Vital statistics of India. Vol. VI, European troops 1870-79
Year: 1870
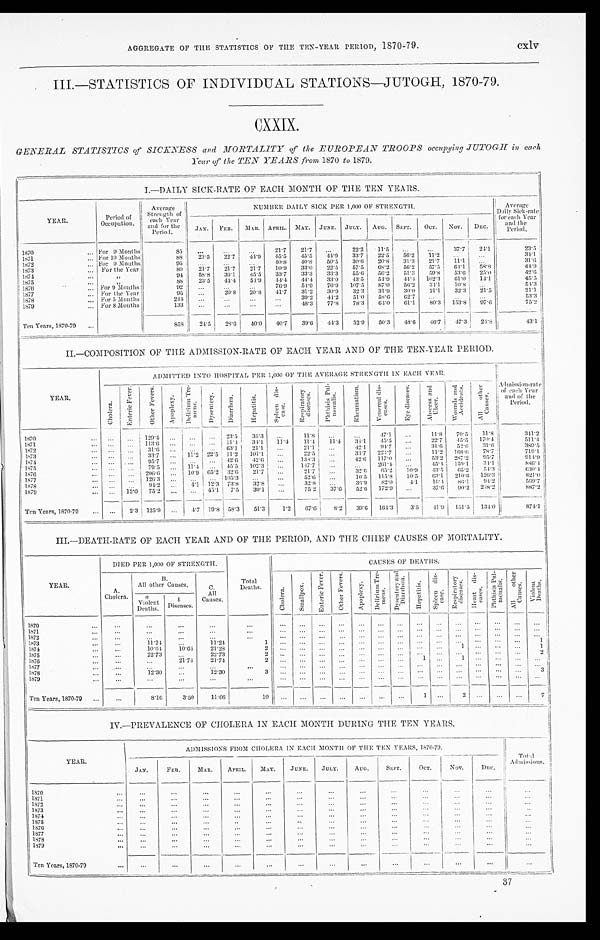
AGGREGATE OF THE STATISTICS OF THE TEN-YEAR PERIOD, 1870-79.
c x l v
III.—STATISTICS OF INDIVIDUAL STATIONS—JUTOGH, 1870-79.
CXXIX.
GENERAL STATISTICS of SICKNESS and MORTALITY of the EUROPEAN TROOPS occupying JUTOGH in each
Year of the TEN YEARS from 1870 to 1879.
I.—DAILY SICK-RATE OF EACH MONTH OF THE TEN YEARS.
Y E A R .
Period of
Occupation.
Average
Strength of
each Year a n d f o r t h e
P e r i o d .
NUMBER DAILY SICK PER 1,000 OF STRENGTH
AVerage
Daily Sick-rate
for each Year
a nd t he
Period.
JAN. FEB.
M A R . APRIL. MAY. JUNE.
J U L Y . AUG. SEPT. OCT. NOV. DEC.
1870
For 9 Months
8 5
21.7 21.7
22.2 11.5
37.7 24.1
23.5
1871
For 10 Months
8 8
2 3 . 5 22.7
4 4 . 9
4 5 . 5
4 5 . 5 44.9 33.7 22.5 56.2 11.2
3 4 . 1
1872 For 9 Months
9 5
40.8 40.8 50.5 30.6 20.8 31.3 21.7 11.1
3 1 . 6
1873 For the Year
89 21.7 21.7 21.7 10.9 33.0 22.5 57.5 68.2 56.2 57.5 64.1
5 8 . 8
4 4 . 9
1874
„
94
5 8 . 8
3 6 . 1
4 5 . 5 33.7
3 3 . 3
3 3 . 3
5 5 . 6 56.2 51.3 59.8
5 3 . 6 25.0
4 2 . 6
1 8 7 5
„
8 8 23.5
4 4 . 4
5 1 . 9
4 4 . 4
4 4 . 4 33.0
4 3 . 5 54.9
4 4 . 4 102.3 61.0 14.1
4 5 . 5
1876
For 9 Months
92
76.9
5 4 . 9 76.9 107.5 87.0 56.2
3 4 . 1
1 0 . 8
5 4 . 3
1877
For the Year
95
20.8 20.8 41.7 31.2 30.9 32.3 31.9 30.0 21.1 32.3 21.5
21.1
1878 For 5 Months
244
39.2 44.2 51.0
5 8 . 6 62.7
5 3 . 3
1879 For 8 Months
133
4 8 . 3 77.8 78.3 64.0 61.1 80.3 153.8 97.6
75.2
Ten Years, 1870-79
8 5 8 24.5 28.6
4 0 . 0 40.7
3 9 . 6
4 4 . 3 52.9 50.3 48.6 46.7 47 . 3
24.8 43.1
II.—COMPOSITION OF THE ADMISSION-RATE OF EACH YEAR AND OF THE TEN-YEAR PERIOD.
YEAR.
ADMITTED INTO HOSPITAL PER 1,000 OF THE AVERAGE STRENGTH IN EACH YEAR.
Admission-rate o f e a c h Ye a r
and of t he
Peri od.
C h o l e r a .
E n t e r i c F e v e r .
O t h e r F e v e r s .
A p o p l e x y .
D e l i r i u m T r e -
m e n s .
Dysentery.
D i a r r h œ a .
H e p a t i t i s .
S p l e e n d i s -
e a s e .
R e s p i r a t o r y
d i s e a s e s .
P h t h i s i s P u l -
m o n a l i s .
R h e u m a t i s m .
V e n e r e a l d i s -
c a s e s .
E y e d i s e a s e s . A b s c e s s a n d
U l c e r .
W o u n d s a n d
A c c i d e n t s .
A l l o t h e r
C a u s e s .
1870
129.4
23.5
3 5 . 3
11.8
4 7 . 1
11.8 70.5 11.8
341.2
1871
113.6
11.4
3 4 . 1 11.4 11.4 11.4
3 4 . 1
4 5 . 5
22.7
4 5 . 5
1 7 0 . 4
5 1 1 . 4
1872
31.6
6 3 . 1 21.1
21.1
4 2 . 1 94.7
31.6 52.6
3 1 . 6
3 8 9 . 5
1873
33.7
11.2 22.5 11.2 101.1
22.5
3 3 . 7 224.7
11.2 168.6
7 8 . 7
7 1 9 . 1
1874
9 5 . 7
42.6 42.6
1 3 3 . 3
4 2 . 6
1 1 7 . 0
5 3 . 2
2 8 7 . 2
9 5 . 7
9 1 4 . 9
1875
79.5
11.4
4 5 . 5 102.3
147.7
261.4
4 5 . 4 159.1
3 4 . 1
8 8 6 . 4
1876
206.6
10.9 6 5 . 2 3 2 . 6
2 1 . 7
21.7
3 2 . 6 65.2 10.9
4 3 . 5 65.2
5 4 . 3 630.4
1877
126.3
105.3
52.6
10.5 115.8 10.5
6 3 . 1 210.6
1 2 6 . 3
8 2 1 . 0
1878
9 4 . 2
4 . 1 12.3 73.8
3 2 . 8
32.8
3 6 . 9 82.0 4.1
1 6 . 4
8 6 . 1
9 4 . 2
5 6 9 . 7
1879
15.0 75.2
4 5 . 1 7.5
3 0 . 1
75.2 37.6
5 2 . 6 172.9
37.6
9 0 . 2 218.2 887.2
Ten Years, 1870-79
2.3 125.9
4.7 19.8 5 8 . 3
5 1 . 3 1.2 67.6 8.2
3 9 . 6 164.3
3 . 5 41.9 151.5 134.0 874.1
III.—DEATH-RATE OF EACH YEAR AND OF THE PERIOD, AND THE CHIEF CAUSES OF MORTALITY.
YEAR.
DIED PER 1,000 OF STRENGTH.
Total
Deaths.
CAUSES OF DEATHS.
A.
Cholera.
B.
All other Causes.
c.
All
Causes.
C h o l e r a . S m a l l p o x .
E n t e r i c F e v e r .
O t h e r F e v e r s .
A p o p l e x y .
D e l i r i u m T r e m e n s . D y s e n t e r y a n d D i a r r h œ a
H e p a t i t i s .
S p l e e n d i s e a s e .
R e s p i r a t o r y d i s e a s e s . H e a r t d i s e a s e s .
P h t h i s i s P u l m o n a l i s .
A l l o t h e r c a u s e s .
V i o l e n t
D e a t h s
a
Violent
Deaths.
b
Diseases.
1870 1871
1872 187 3
11.24
11.24
1
1
1874
10.64 10.64 21.28
2
1
1
1875
22.73
22.73
2
2
1876
21.74 21.74
2
1
1
1877
1878
12.30
12.30
3
3
1879
Ten Years, 1870-79
8.16
3.50
11.66
10
1
2
7
IV.—PREVALENCE OF CHOLERA IN EACH MONTH DURING THE TEN YEARS.
YEAR.
ADMISSIONS FROM CHOLERA IN EACH MONTH OF THE TEN YEARS, 1870-79.
T
otal Ad
missions.
J AN.
FEB.
MAR. APRIL. MAY. JUNE. JULY. AUG.
SEPT.
OCT.
NOV.
DEC.
1870 1871
1872
1873 1874 1875 1876 1877
1878 1879
Ten Years, 1870-7
9
37